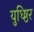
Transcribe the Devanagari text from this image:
युध्ष्ठिर